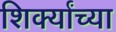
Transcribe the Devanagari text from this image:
शिर्क्यांच्या